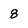
Character: 8